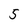
Character: 5